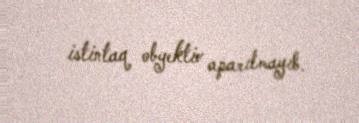
istintaq obyektiv aparılmayıb.